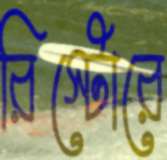
রিস্টোরে